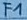
Text: F1